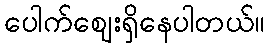
ပေါက်ဈေးရှိနေပါတယ်။